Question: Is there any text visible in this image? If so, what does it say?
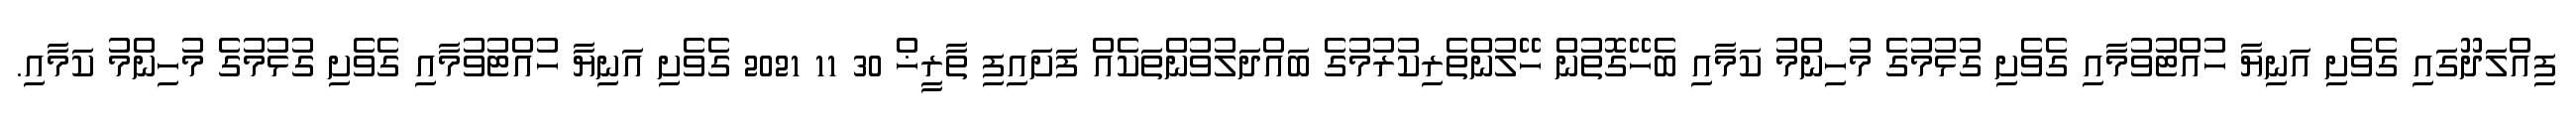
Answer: ފިއްލަދޫގައި ގެވެށި އަނިޔާ ހުއްޓުވުމާއި ގެވެށި ގުޅުމުގެ މުހިންމު ކަމާއި ބެހޭގޮތުން ހޭލުންތެރިކުރުމުގެ ބައްދަލުވުންތަކެއް ފަށައިފި ތާރީޚް 30 11 2021 ގެވެށި އަނިޔާ ހުއްޓުވުމާއި ގެވެށި ގުޅުމުގެ މުހިންމު ކަމާއި.